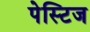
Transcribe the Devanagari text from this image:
पेस्टिज